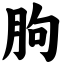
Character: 朐